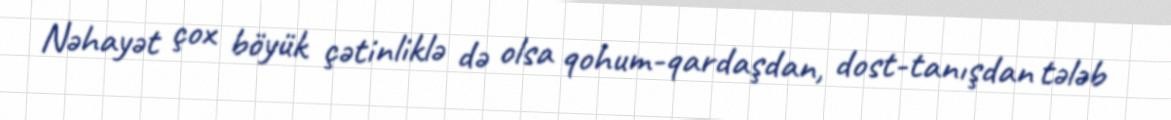
Nəhayət çox böyük çətinliklə də olsa qohum-qardaşdan, dost-tanışdan tələb